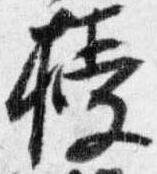
授